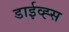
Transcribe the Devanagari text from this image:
डाईव्ह्स